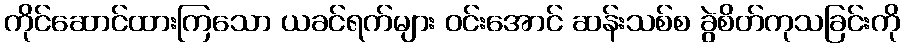
ကိုင်ဆောင်ထားကြသော ယခင်ရက်များ ဝင်းအောင် ဆန်းသစ်စ ခွဲစိတ်ကုသခြင်းကို